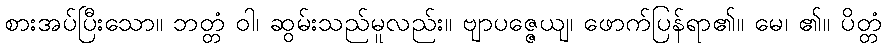
စားအပ်ပြီးသော။ ဘတ္တံ ဝါ၊ ဆွမ်းသည်မူလည်း။ ဗျာပဇ္ဇေယျ၊ ဖောက်ပြန်ရာ၏။ မေ၊ ၏။ ပိတ္တံ